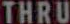
THRU